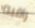
راقبه